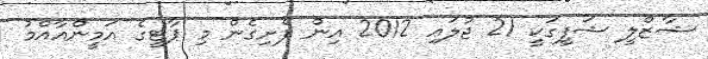
ޝާޒްލީ ޝަފީގަކީ 21 ޖުލައި 2012 އިން ފެށިގެން މި ޕާޓީގެ އަމީންއާއްމު